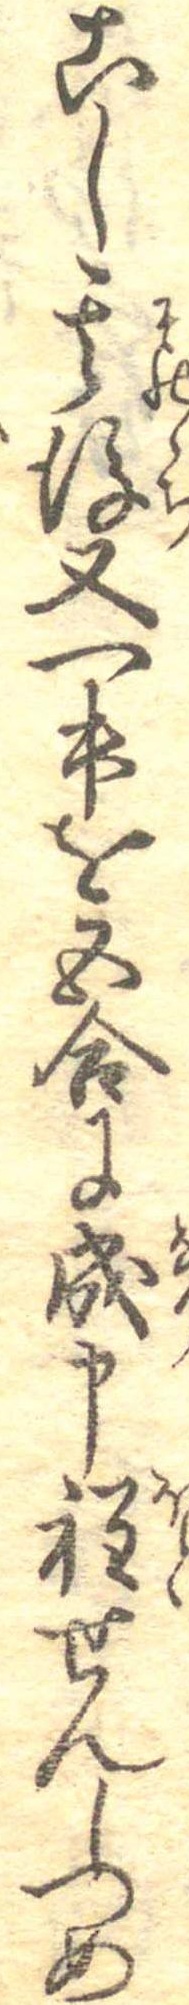
こし其後又一升を五合に成申程せんしつめ